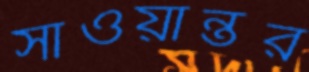
সাওয়ান্তর